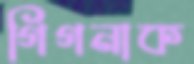
গিগনাক